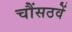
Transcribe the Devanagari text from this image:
चौंसठवें